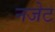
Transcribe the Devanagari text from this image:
नजेट